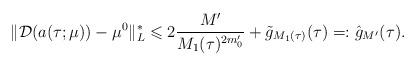
LaTeX: \begin{align*} \|\mathcal{D}(a(\tau;\mu))-\mu^0\|_L^*\leqslant 2 \frac{M'}{M_1(\tau)^{2m_0'}}+ \tilde g_{M_1(\tau)}(\tau)=: {\hat g}_{M'}(\tau). \end{align*}